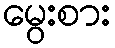
မွေးစား